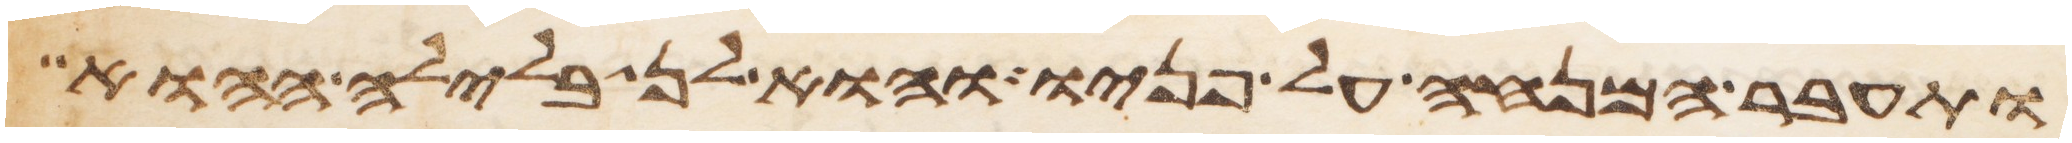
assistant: ותעבר המנחה על פניו והוא לן בלילה ההוא